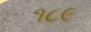
૧૮૯